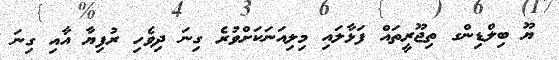
ޔޫ ބިލްޑިންގ ތިޖޫރީތައް ފަޅާލައި މިލިއަނަކަށްވުރެ ގިނަ ދިވެހި ރުފިޔާ އާއި ގިނަ